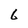
Character: 6